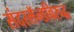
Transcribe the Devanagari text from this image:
संदरलॅन्डविरुद्ध